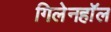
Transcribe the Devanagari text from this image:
गिलेनहाॅल